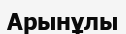
Арынұлы